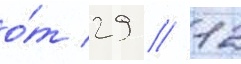
о́т 29 // 12